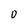
Character: 0